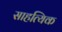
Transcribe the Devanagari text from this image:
साहत्यिक